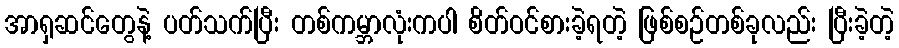
အာရှဆင်တွေနဲ့ ပတ်သက်ပြီး တစ်ကမ္ဘာလုံးကပါ စိတ်ဝင်စားခဲ့ရတဲ့ ဖြစ်စဉ်တစ်ခုလည်း ပြီးခဲ့တဲ့